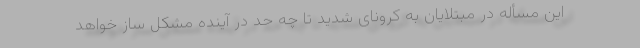
این مسأله در مبتلایان به کرونای شدید تا چه حد در آینده مشکل ساز خواهد